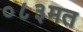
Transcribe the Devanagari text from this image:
०८३मत